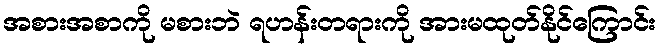
အစားအစာကို မစားဘဲ ရဟန်းတရားကို အားမထုတ်နိုင်ကြောင်း